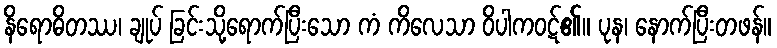
နိရောဓိတဿ၊ ချုပ် ခြင်းသို့ရောက်ပြီးသော ကံ ကိလေသာ ဝိပါကဝဋ်၏။ ပုန၊ နောက်ပြီးတဖန်။